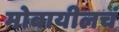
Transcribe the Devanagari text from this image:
मोबायीलचं